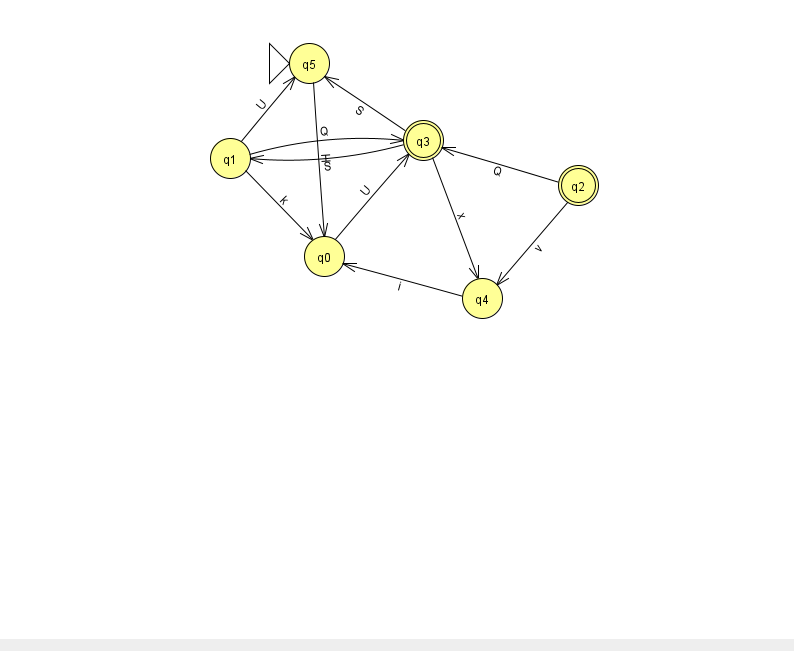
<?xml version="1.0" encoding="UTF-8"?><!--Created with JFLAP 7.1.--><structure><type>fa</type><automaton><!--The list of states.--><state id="0" name="q0"><x>324.0</x><y>243.0</y></state><state id="1" name="q1"><x>230.0</x><y>145.0</y></state><state id="2" name="q2"><x>578.0</x><y>172.0</y><final/></state><state id="3" name="q3"><x>423.0</x><y>127.0</y><final/></state><state id="4" name="q4"><x>482.0</x><y>285.0</y></state><state id="5" name="q5"><x>309.0</x><y>50.0</y><initial/></state><!--The list of transitions.--><transition><from>1</from><to>0</to><read>k</read></transition><transition><from>2</from><to>4</to><read>v</read></transition><transition><from>4</from><to>0</to><read>i</read></transition><transition><from>2</from><to>3</to><read>Q</read></transition><transition><from>3</from><to>1</to><read>S</read></transition><transition><from>1</from><to>3</to><read>Q</read></transition><transition><from>0</from><to>3</to><read>U</read></transition><transition><from>5</from><to>0</to><read>H</read></transition><transition><from>3</from><to>4</to><read>x</read></transition><transition><from>1</from><to>5</to><read>U</read></transition><transition><from>3</from><to>5</to><read>S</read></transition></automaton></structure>